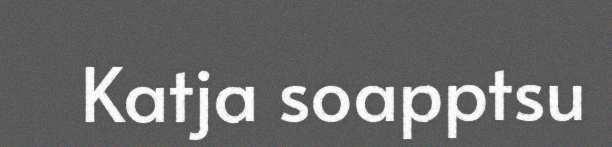
Katja soapptsu